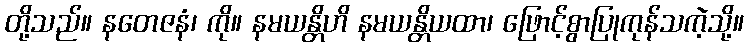
တို့သည်။ နတေဇနံ၊ ကို။ နမယန္တိဟိ နမယန္တိယထာ၊ ဖြောင့်စွာပြုကုန်သကဲ့သို့။